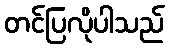
တင်ပြလိုပါသည်